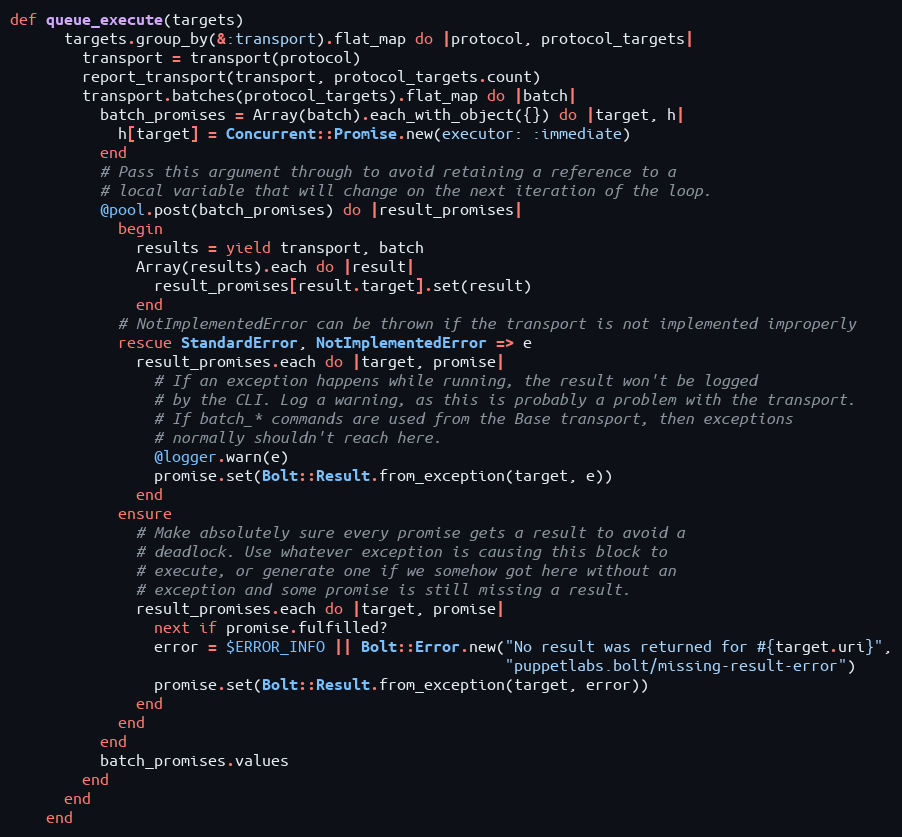
Language: Ruby
def queue_execute(targets)
      targets.group_by(&:transport).flat_map do |protocol, protocol_targets|
        transport = transport(protocol)
        report_transport(transport, protocol_targets.count)
        transport.batches(protocol_targets).flat_map do |batch|
          batch_promises = Array(batch).each_with_object({}) do |target, h|
            h[target] = Concurrent::Promise.new(executor: :immediate)
          end
          # Pass this argument through to avoid retaining a reference to a
          # local variable that will change on the next iteration of the loop.
          @pool.post(batch_promises) do |result_promises|
            begin
              results = yield transport, batch
              Array(results).each do |result|
                result_promises[result.target].set(result)
              end
            # NotImplementedError can be thrown if the transport is not implemented improperly
            rescue StandardError, NotImplementedError => e
              result_promises.each do |target, promise|
                # If an exception happens while running, the result won't be logged
                # by the CLI. Log a warning, as this is probably a problem with the transport.
                # If batch_* commands are used from the Base transport, then exceptions
                # normally shouldn't reach here.
                @logger.warn(e)
                promise.set(Bolt::Result.from_exception(target, e))
              end
            ensure
              # Make absolutely sure every promise gets a result to avoid a
              # deadlock. Use whatever exception is causing this block to
              # execute, or generate one if we somehow got here without an
              # exception and some promise is still missing a result.
              result_promises.each do |target, promise|
                next if promise.fulfilled?
                error = $ERROR_INFO || Bolt::Error.new("No result was returned for #{target.uri}",
                                                       "puppetlabs.bolt/missing-result-error")
                promise.set(Bolt::Result.from_exception(target, error))
              end
            end
          end
          batch_promises.values
        end
      end
    end